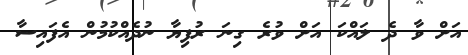
އަށް ވާ ދެ ލައްކަ އަށް ވުރެ ގިނަ ރުފިޔާ ނުދެއްކުމުން އެފައިސާ